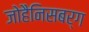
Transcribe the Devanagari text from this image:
जोहैनिसबर्ग